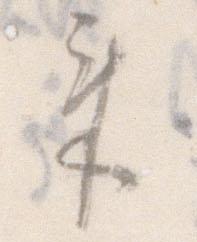
来